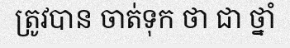
ត្រូវបាន ចាត់ទុក ថា ជា ថ្នាំ